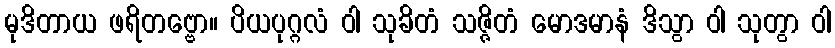
မုဒိတာယ ဖရိတဗ္ဗော။ ပိယပုဂ္ဂလံ ဝါ သုခိတံ သဇ္ဇိတံ မောဒမာနံ ဒိသွာ ဝါ သုတွာ ဝါ